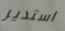
استدير